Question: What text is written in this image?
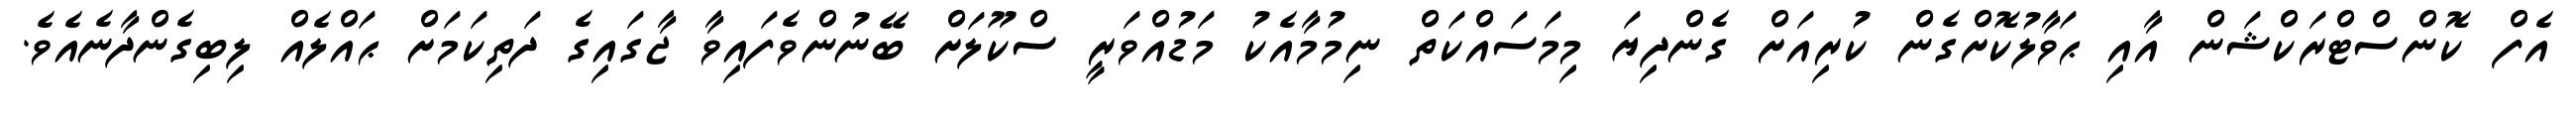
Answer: އެފް ކޮންސްޓްރަކްޝަން އާއި ޙަވާލުކޮށްގެން ކުރިއަށް ގެންދިޔަ މިމަސައްކަތް ނިމުމާއެކު މަޑުއްވަރީ ސްކޫލަށް ބޭނުންވެފައިވާ ޖާގައިގެ ދަތިކަމަށް ޙައްލެއް ލިބިގެންދާނެއެވެ.